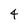
Character: 4